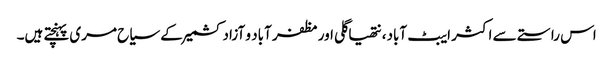
اس راستے سے اکثر ایبٹ آباد، نتھیاگلی اور مظفر آباد و آزادکشمیر کے سیاح مری پہنچتے ہیں۔